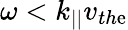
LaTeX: \omega<k_{||}v_{th\mathrm{e}}